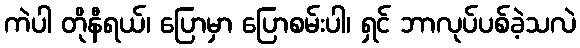
ကဲပါ တိုနီရယ်၊ ပြောမှာ ပြောစမ်းပါ၊ ရှင် ဘာလုပ်ပစ်ခဲ့သလဲ